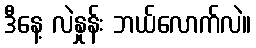
ဒီနေ့ လဲနှုန်း ဘယ်လောက်လဲ။